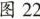
图 22